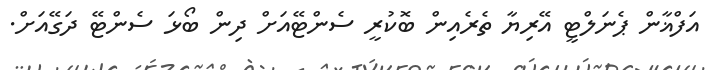
އަފްޣާން ޕެނަލްޓީ އޭރިޔާ ތެރެއިން ބޮކުރީ ސެންޓޭއަށް ދިން ބޯޅަ ސެންޓޭ ދަގޭއަށް.